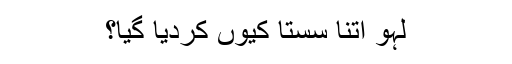
لہو اتنا سستا کیوں کردیا گیا؟